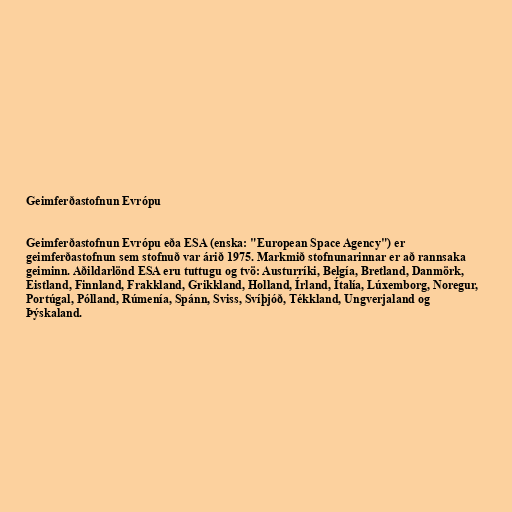
Geimferðastofnun Evrópu

Geimferðastofnun Evrópu eða ESA (enska: "European Space Agency") er
geimferðastofnun sem stofnuð var árið 1975. Markmið stofnunarinnar er að rannsaka
geiminn. Aðildarlönd ESA eru tuttugu og tvö: Austurríki, Belgía, Bretland, Danmörk,
Eistland, Finnland, Frakkland, Grikkland, Holland, Írland, Ítalía, Lúxemborg, Noregur,
Portúgal, Pólland, Rúmenía, Spánn, Sviss, Svíþjóð, Tékkland, Ungverjaland og
Þýskaland.